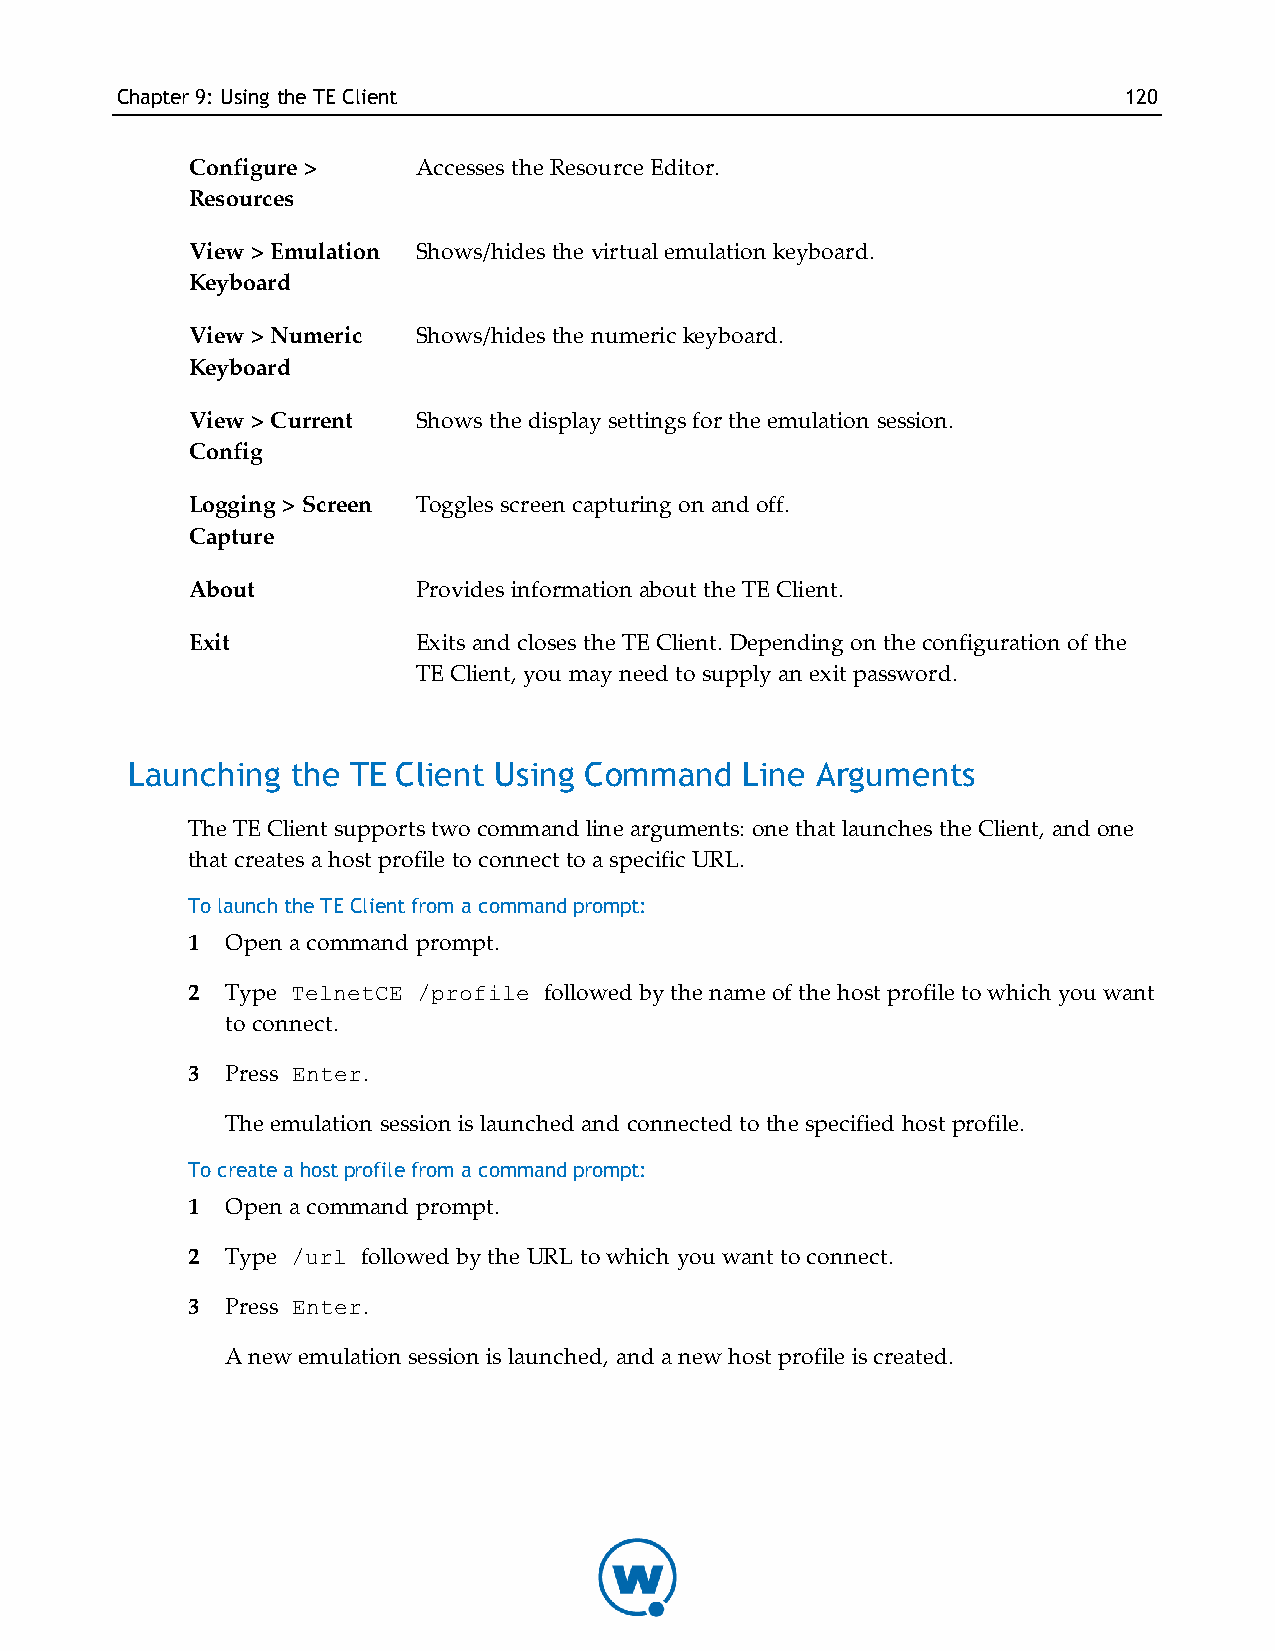
Chapter9: Using theTE Client                                      120
 Configure >    Accesses the Resource Editor.
 Resources
 View > Emulation Shows/hides the virtual emulation keyboard.
 Keyboard
 View > Numeric Shows/hides the numeric keyboard.
 Keyboard
 View > Current Shows the display settings for the emulation session.
 Config
 Logging > Screen Toggles screen capturing on and off.
 Capture
 About          Provides information about the TE Client.
 Exit           Exits and closes the TE Client. Depending on the configuration of the
 TE Client, you may need to supply an exit password.
 Launching  the TE Client Using Command   Line Arguments
 The TE Client supports two command line arguments: one that launches the Client, and one
 that creates a host profile to connect to a specific URL.
 To launch the TE Client from a command prompt:
 1  Open a command prompt.
 2  Type TelnetCE /profile followed by the name of the host profile to which you want
 to connect.
 3  Press Enter.
 The emulation session is launched and connected to the specified host profile.
 To create a host profile from a command prompt:
 1  Open a command prompt.
 2  Type /url followed by the URL to which you want to connect.
 3  Press Enter.
 A new emulation session is launched, and a new host profile is created.